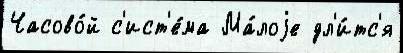
Часово́й с'ист'е́ма Ма́лоjе дл'и́тс'я